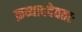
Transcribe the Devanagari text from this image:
क्रव्याददेवताः